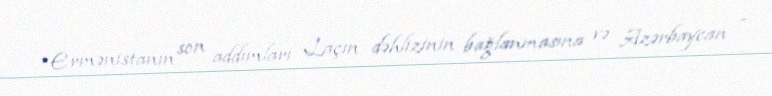
“Ermənistanın son addımları Laçın dəhlizinin bağlanmasına və Azərbaycan -